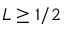
L \geq 1 / 2